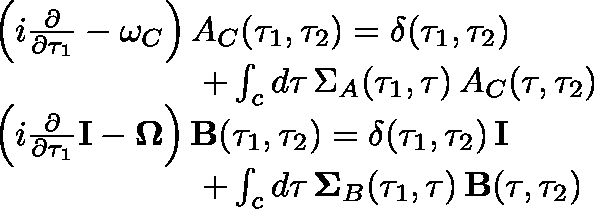
\begin{array} { r l } & { \left( i \frac { \partial } { \partial \tau _ { 1 } } - \omega _ { C } \right) A _ { C } ( \tau _ { 1 } , \tau _ { 2 } ) = \delta ( \tau _ { 1 } , \tau _ { 2 } ) } \\ & { \qquad \qquad \qquad + \int _ { c } d \tau \, \Sigma _ { A } ( \tau _ { 1 } , \tau ) \, A _ { C } ( \tau , \tau _ { 2 } ) } \\ & { \left( i \frac { \partial } { \partial \tau _ { 1 } } \mathbf { I } - \mathbf { \Omega } \right) \mathbf { B } ( \tau _ { 1 } , \tau _ { 2 } ) = \delta ( \tau _ { 1 } , \tau _ { 2 } ) \, \mathbf { I } } \\ & { \qquad \qquad \qquad + \int _ { c } d \tau \, \mathbf { \Sigma } _ { B } ( \tau _ { 1 } , \tau ) \, \mathbf { B } ( \tau , \tau _ { 2 } ) } \end{array}